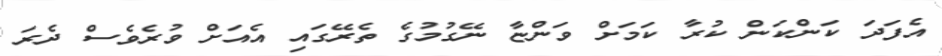
އެފަދަ ކަންކަން ކުރާ ކަމަށް ވަންޏާ ނޭގުމުގެ ތެރޭގައި އެއަށް ވުރެވެސް ދެރަ